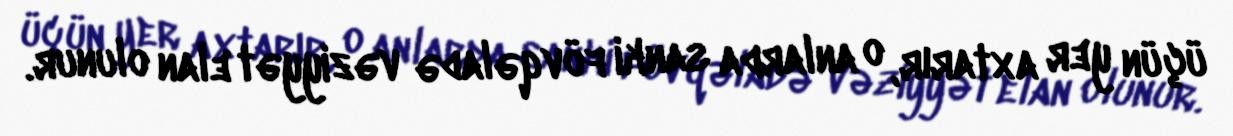
üçün yer axtarır, o anlarda sanki fövqəladə vəziyyət elan olunur.